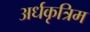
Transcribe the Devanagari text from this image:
अर्धकृत्रिम